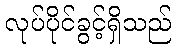
လုပ်ပိုင်ခွင့်ရှိသည်